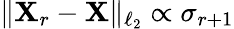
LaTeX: \lVert\mathbf{X}_{r}-\mathbf{X}\rVert_{\ell_{2}}\propto\sigma_{r+1}